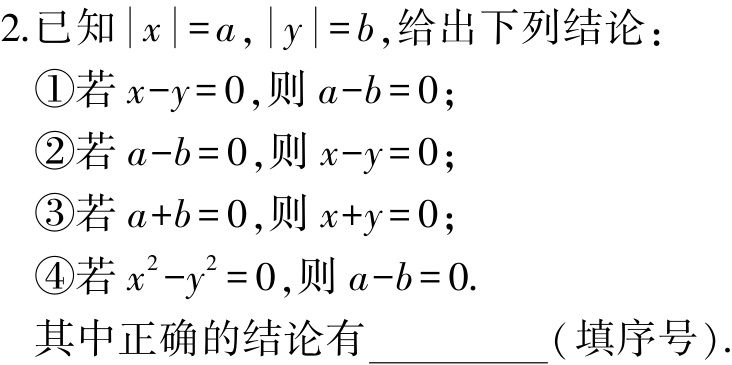
2.已知\(\vert x\vert =a,\vert y\vert =b\),给出下列结论：

\textcircled{1}若\(x - y = 0\),则\(a - b = 0\)；

\textcircled{2}若\(a - b = 0\),则\(x - y = 0\)；

\textcircled{3}若\(a + b = 0\),则\(x + y = 0\)；

\textcircled{4}若\(x^{2}-y^{2}=0\),则\(a - b = 0\).

其中正确的结论有__________(填序号).